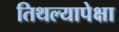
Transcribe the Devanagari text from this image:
तिथल्यापेक्षा